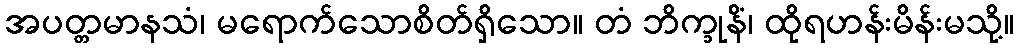
အပတ္တမာနသံ၊ မရောက်သောစိတ်ရှိသော။ တံ ဘိက္ခုနိံ၊ ထိုရဟန်းမိန်းမသို့။